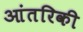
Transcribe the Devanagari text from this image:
आंतरिकी